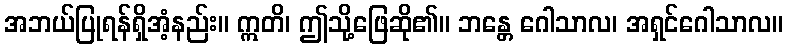
အဘယ်ပြုရန်ရှိအံ့နည်း။ ဣတိ၊ ဤသို့ဖြေဆို၏။ ဘန္တေ ဂေါသာလ၊ အရှင်ဂေါသာလ။